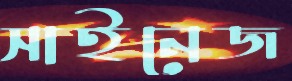
সাইনেজ